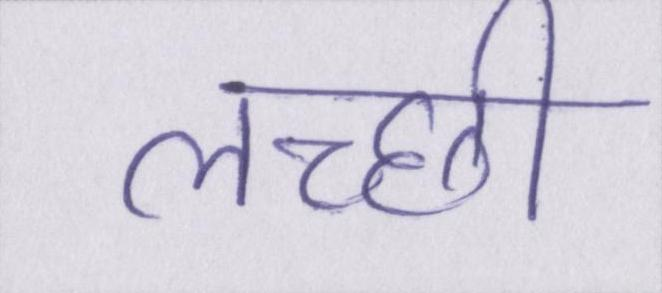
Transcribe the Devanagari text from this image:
लच्छी